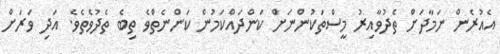
އެއުރެން ނަމާދަށް ތެދުވާއިރު މީސްތަކުންނަށް ކަންދައްކަމުން ކަންނެތްވެ ތިބެ ތެދުވެތެވެ. އަދި ވަރަށް